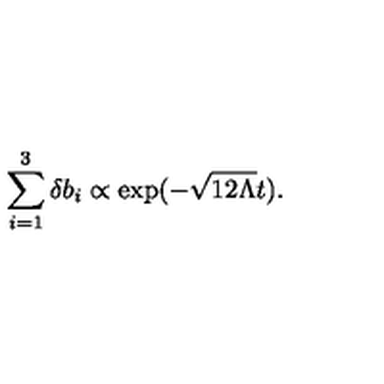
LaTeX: \sum _ { i = 1 } ^ { 3 } \delta b _ { i } \propto \exp ( - \sqrt { 1 2 \Lambda } t ) .